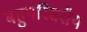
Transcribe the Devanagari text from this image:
बहुपरिसरीय